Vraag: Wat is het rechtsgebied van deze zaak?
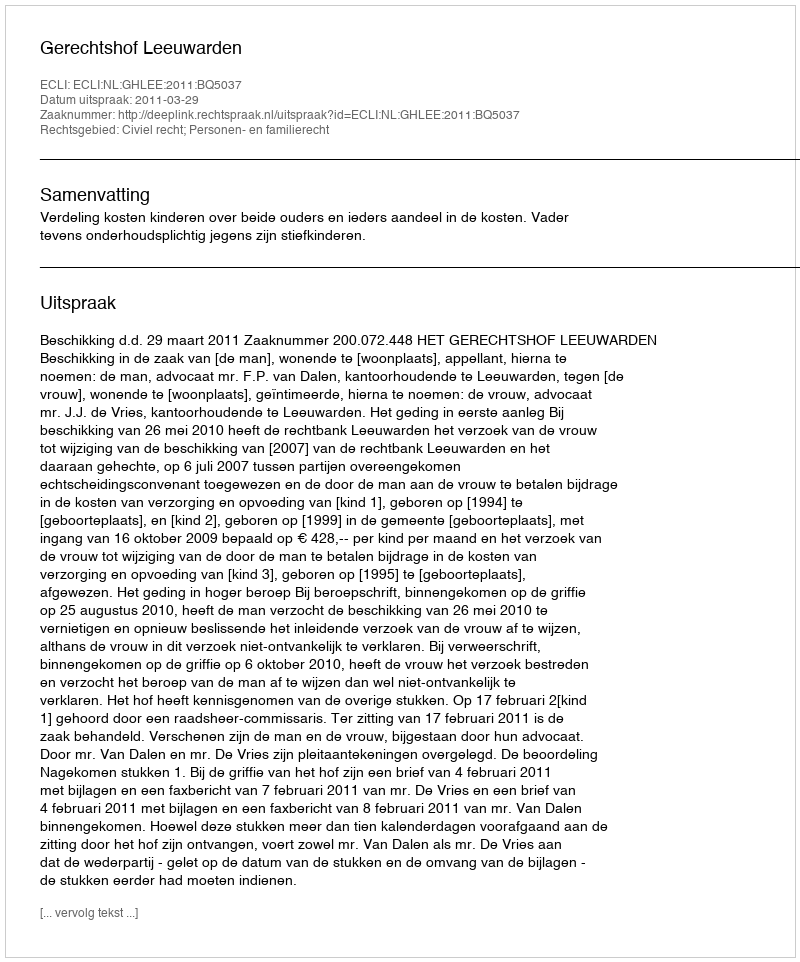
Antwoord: Civiel recht; Personen- en familierecht